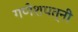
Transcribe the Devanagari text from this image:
गणेशपत्नी